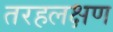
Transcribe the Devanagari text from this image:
तरहलक्षण